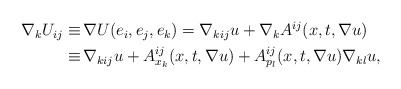
\begin{align*}\begin{aligned}\nabla_k U_{ij} \equiv \,& \nabla U (e_i, e_j, e_k) = \nabla_{kij} u + \nabla_k A^{ij} (x, t, \nabla u) \\ \equiv \,& \nabla_{kij} u + A_{x_k}^{ij} (x, t, \nabla u) + A^{ij}_{p_l} (x, t, \nabla u) \nabla_{kl} u, \end{aligned}\end{align*}